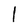
Character: l